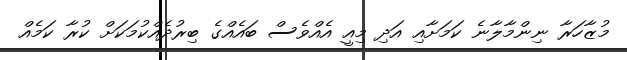
މުޒާހަރާ ނިންމާލާނެ ކަމަށާއި އަދި މިއީ އެއްވެސް ބައެއްގެ ބިރުދެއްކުމަކަށް ކުރާ ކަމެއް